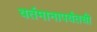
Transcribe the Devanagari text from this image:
वर्तमानापर्यंतची